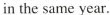
in the same year.